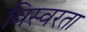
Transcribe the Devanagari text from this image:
विस्वरता